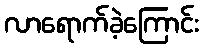
လာရောက်ခဲ့ကြောင်း